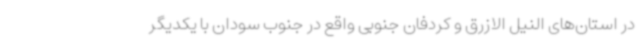
در استان‌های النیل الازرق و کردفان جنوبی واقع در جنوب سودان با یکدیگر